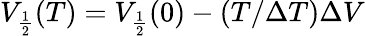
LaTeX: V_{\frac{1}{2}}(T)=V_{\frac{1}{2}}(0)-(T/\Delta T)\Delta V